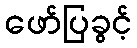
ဖော်ပြခွင့်